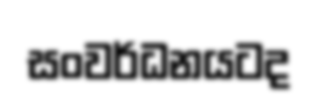
සංවර්ධනයටද